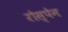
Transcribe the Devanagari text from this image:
रोस्पेन